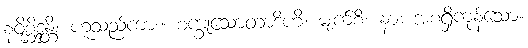
နဝိစ္ဆိဒ္ဒန္တိ၊ ဟူသည်ကား။ စက္ခုသောတာဒိဟိ၊ မျက်စိ၊ နား အစရှိကုန်သော။